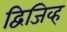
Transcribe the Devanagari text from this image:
द्विजिव्ह